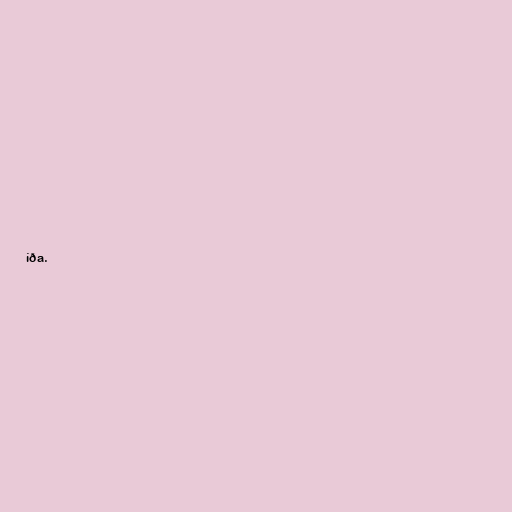
íða.